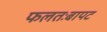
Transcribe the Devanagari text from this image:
फलतःबापट